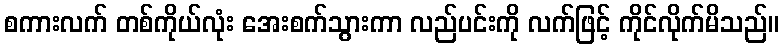
စကားလက် တစ်ကိုယ်လုံး အေးစက်သွားကာ လည်ပင်းကို လက်ဖြင့် ကိုင်လိုက်မိသည်။